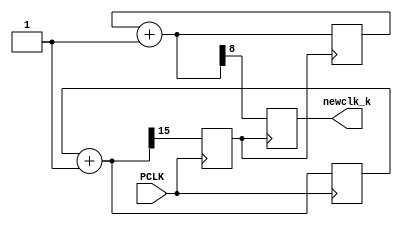
`timescale 1ns / 1ps
//////////////////////////////////////////////////////////////////////////////////
// Company:
// Engineer:
//
// Design Name:
// Module Name:    prescaler
// Project Name:
// Target Devices:
// Tool versions:
// Description:
//
// Dependencies:
//
// Revision:
// Revision 0.01 - File Created
// Additional Comments:
//
//////////////////////////////////////////////////////////////////////////////////
module prescaler (PCLK,newclk_k);
 
// Inputs

input PCLK;
reg newclk=0;
output reg newclk_k=0;
//output reg [31:0] count_n1=32'd0;

reg [15:0] count=16'b0;
reg [8:0] count_n=9'b0;


always @(posedge PCLK)
begin
count = count+16'd1;
newclk = count[15];
end


always @(posedge newclk)
begin
count_n = count_n+9'd1;
newclk_k=count_n[8];
end

endmodule